Civil Veterinary Department Bengal reports 1933-51 - 1933-1951
Year: 1933
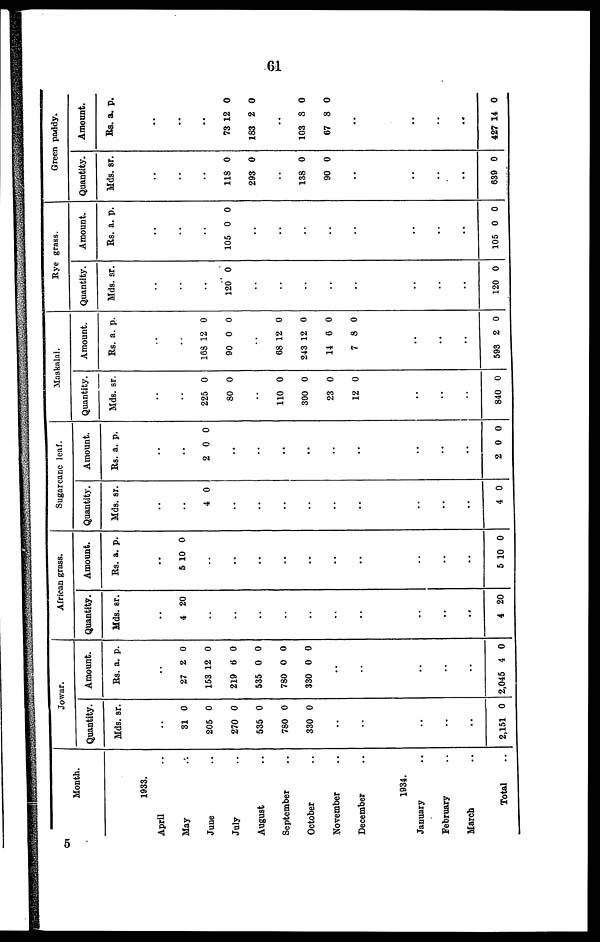
61
Month.
1933.
April ..
May ..
June ..
July ..
August ..
September ..
October ..
November ..
December ..
1934.
January ..
February ..
March ..
Total ..
Jowar.
Quantity.
Mds.
..
31
205
270
535
780
330
..
..
..
..
..
2,151
sr.
0
0
0
0
0
0
0
Amount.
Rs.
..
27
153
219
535
780
330
..
..
..
..
..
2,045
a.
2
12
6
0
0
0
4
p.
0
0
0
0
0
0
0
African grass.
Quantity.
Mds.
..
4
..
..
..
..
..
..
..
..
..
..
4
sr.
20
20
Amount.
Rs
..
5
..
..
..
..
..
..
..
..
..
..
5
. a.
10
10
p.
0
0
Sugarcane leaf.
Quantity.
Mds.
..
..
4
..
..
..
..
..
..
..
..
..
4
sr.
0
0
Amount.
Rs.
..
..
2
..
..
..
..
..
..
..
..
..
2
a.
0
0 0
p.
0
Maskalai.
Quantity.
Mds.
..
..
225
80
..
110
390
23
12
..
..
..
840
sr.
0
0
0
0
0
0
0
Amount.
Rs.
..
..
168
90
..
68
243
14
7
..
..
..
593
a.
12
0
12
12
6
8
2
p.
0
0
0
0
0
0
0
Rye grass.
Quantity.
Mds.
..
..
..
120
..
..
..
..
..
..
..
..
120
sr.
0
0
Amount.
Rs.
..
..
..
105
..
..
..
..
..
..
..
..
105
a.
0
0
p.
0
0
Green paddy.
Quantity.
Mds.
..
..
..
118
293
..
138
90
..
..
..
..
639
Br.
0
0
0
0
0
Amount
Rs.
..
..
..
73
183
..
103
67
..
..
..
..
427
a.
12
2
8
8
14
p.
0
0
0
0
0
5